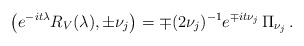
\begin{align*}\bigl(e^{-it\lambda}R_V(\lambda),\pm\nu_j\bigr)=\mp (2\nu_j)^{-1}e^{\mp it\nu_j}\,\Pi_{\nu_j}\,.\end{align*}